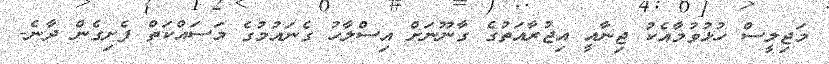
މަޖިލީސް ހުޅުވުމާއެކު ޖިނާއީ އިޖުރާއަތުގެ ގާނޫނަށް އިސްލާހު ގެނައުމުގެ މަސައްކަތް ފެށިގެން ދާނެ-